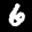
Label: 6